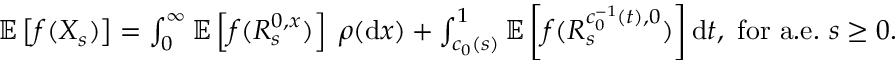
\begin{array} { r } { \mathbb { E } \left[ f ( X _ { s } ) \right] = \int _ { 0 } ^ { \infty } \mathbb { E } \left[ f ( R _ { s } ^ { 0 , x } ) \right] \; \rho ( \mathrm { d } x ) + \int _ { c _ { 0 } ( s ) } ^ { 1 } \mathbb { E } \left[ f ( R _ { s } ^ { c _ { 0 } ^ { - 1 } ( t ) , 0 } ) \right] \mathrm { d } t , ~ \mathrm { f o r ~ a . e . } ~ s \ge 0 . } \end{array}